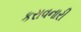
કરાવનારી